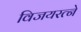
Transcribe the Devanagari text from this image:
विजयरत्ने